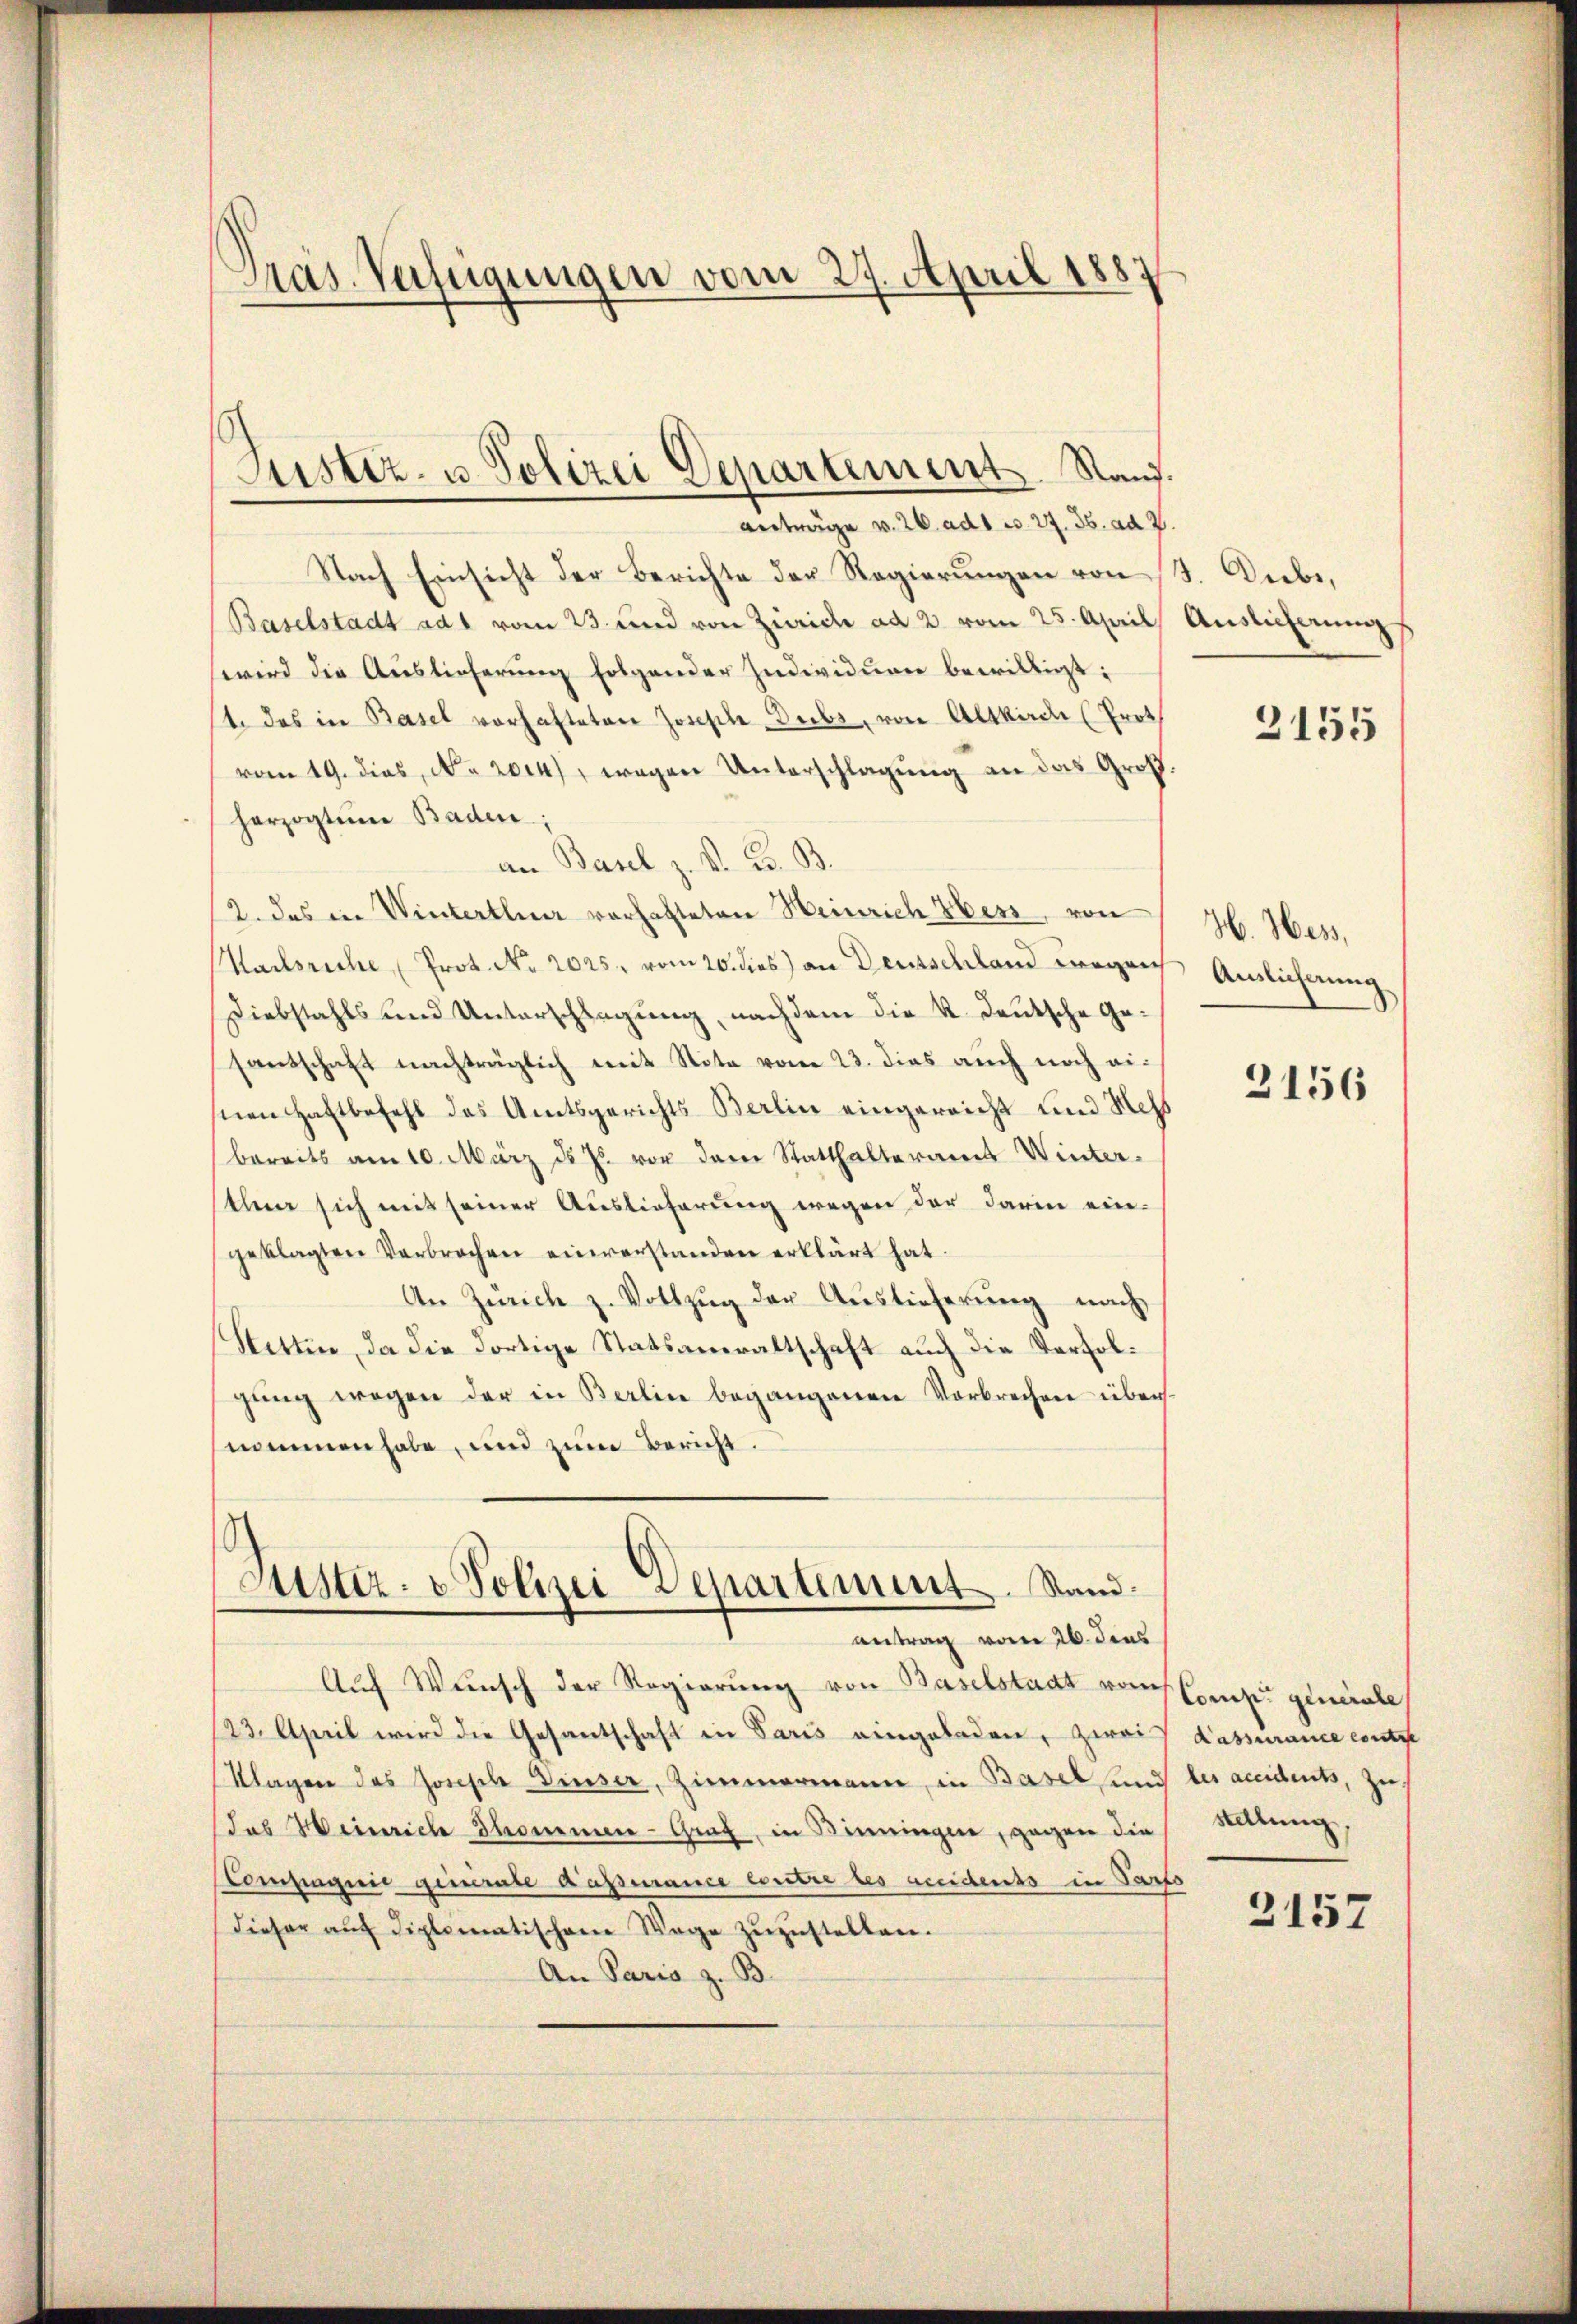
Pras. Verfügungen vom 27. April 1881

Justiz- u. Polizei Departement. Stand.
anträge v. 26. ad 1 v. 27. 36. ad 2.

Nach Einsicht der Berichte der Regierungen von 13. Diebe,
Baselstadt ad 1 vom 23. und von Zürich ad 2 vom 25. April, Auslicherung
wird die Auslieferung folgender Individuen bewilligt:
t das in Basel vorhafteten Joseph Dubs, von Altkirche (Proth
vom 19. dies, No 2014), wegen Unterschlagung an das Groß
herzogtum Baden;
an Basel z. K. K. B.
2. das in Winterthur vorhalteten Heinrich bess, von
Hacksriche Prot. No. 2025. vom 20. dies) an Deutschland wegen
Diebstahls und Unterschlagung, nachdem die K. Deutsche Gesantschaft nachträglich mit Note vom 23. dies auch noch einen Haftbefehl des Amtsgerichts Berlin eingereicht und Mess
bereits am 10. März d. Js. vor dem Statthalteramt Winter
then sich mit seiner Auslieferung wegen der darin ein-
geklagten Verbrechen einverstanden erklärt hat.
An Zürich z. Vollzŭg der Auslieferŭng nach
Stetten, da die dortige Statsanwaltschaft auch die Verfolgŭng wegen der in Berlin begangenen Verbrechen übernommen habe, und zum Bericht.
d
Justiz- & Polizeidepartiment. Stand.
antrag vom 26. dens
Auf Wunsch der Regierung von Baselstadt vom
123. April wird die Gesantschaft in Paris eingeladen, zwei
Klagen des Joseph Dieser, Zimmermann, in Basel und
Jab Heinrich Thommen-Graf, in Binningen, gegen die
Compagnie generale dass mance contre les accidents in Parts
Dieser auf diplomatischen Wege zuzustellen.
An Paris z. B.

2155

H. Hess,
Auslicherung

3156

Comp. generale
Kassurance contre
les accidents, zu
stellung

2157